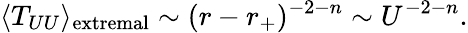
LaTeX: \langle T_{UU}\rangle_{\mathrm{extremal}}\sim(r-r_{+})^{-2-n}\sim U^{-2-n}.